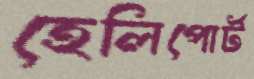
হেলিপোর্ট